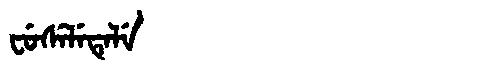
Manchu: ᠸᡠᠰᡝᠯᡝᡨᡝᠯᡝ
Romanization: FUSELETELE